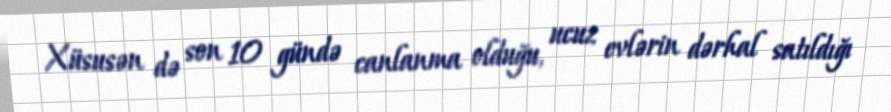
Xüsusən də son 10 gündə canlanma olduğu, ucuz evlərin dərhal satıldığı